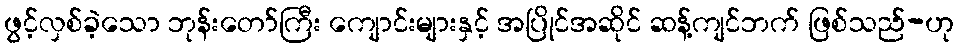
ဖွင့်လှစ်ခဲ့သော ဘုန်းတော်ကြီး ကျောင်းများနှင့် အပြိုင်အဆိုင် ဆန့်ကျင်ဘက် ဖြစ်သည်-ဟု